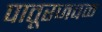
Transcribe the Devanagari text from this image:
पातूरजवळ